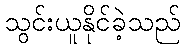
သွင်းယူနိုင်ခဲ့သည်